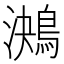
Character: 𪁠